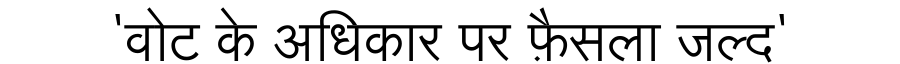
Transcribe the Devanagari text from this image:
'वोट के अधिकार पर फ़ैसला जल्द'